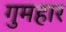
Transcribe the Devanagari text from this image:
गुमहार